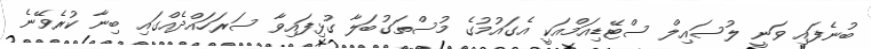
ބުނެފައި ވަނީ ލުސައިލް ސްޓޭޑިއަމްއަކީ އެގައުމުގެ މުސްތަގުބަލާ ގުޅިފައިވާ ސަރަހައްދެއްގައި ބިނާ ކުރެވޭނެ